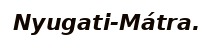
Nyugati-Mátra.